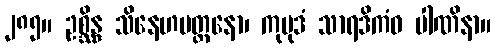
၂၈၅။ ဥစ္ဆိန္ဒ သိနေဟမတ္တနော၊ ကုမုဒံ သာရဒိကံဝ ပါဏိနာ။